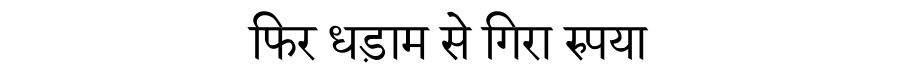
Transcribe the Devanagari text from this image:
फिर धड़ाम से गिरा रुपया